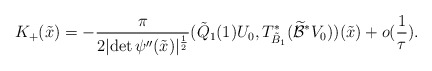
\begin{align*}K_+(\tilde x)=-\frac{\pi}{2\vert \mbox{det}\,\psi''(\tilde x)\vert^\frac 12}(\tilde Q_1(1)U_0,T_{\tilde B_1}^*(\widetilde{\mathcal B}^*V_0))(\tilde x)+o(\frac 1\tau).\end{align*}